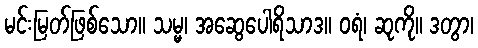
မင်းမြတ်ဖြစ်သော။ သမ္မ၊ အဆွေပေါရိသာဒ။ ဝရံ၊ ဆုကို။ ဒတွာ၊